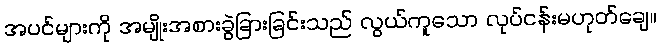
အပင်များကို အမျိုးအစားခွဲခြားခြင်းသည် လွယ်ကူသော လုပ်ငန်းမဟုတ်ချေ။